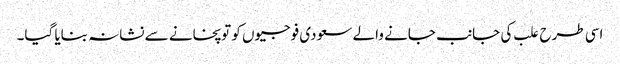
اسی طرح علب کی جانب جانے والے سعودی فوجیوں کو توپخانے سے نشانہ بنایا گیا۔